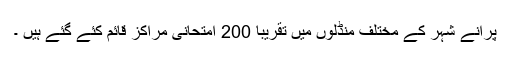
پرانے شہر کے مختلف منڈلوں میں تقریبا 200 امتحانی مراکز قائم کئے گئے ہیں ۔